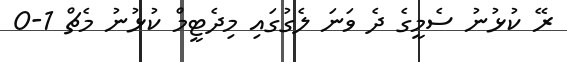
ރޭ ކުޅުނު ސެމީގެ ދެ ވަނަ ލެގުގައި މިދެޓީމް ކުޅުނު މެޗް 1-0